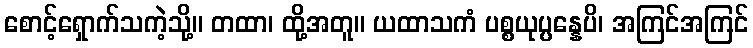
စောင့်ရှောက်သကဲ့သို့။ တထာ၊ ထို့အတူ။ ယထာသကံ ပစ္စယုပ္ပန္နေပိ၊ အကြင်အကြင်